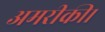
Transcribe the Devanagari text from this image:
अमरीकी।